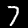
Label: 7